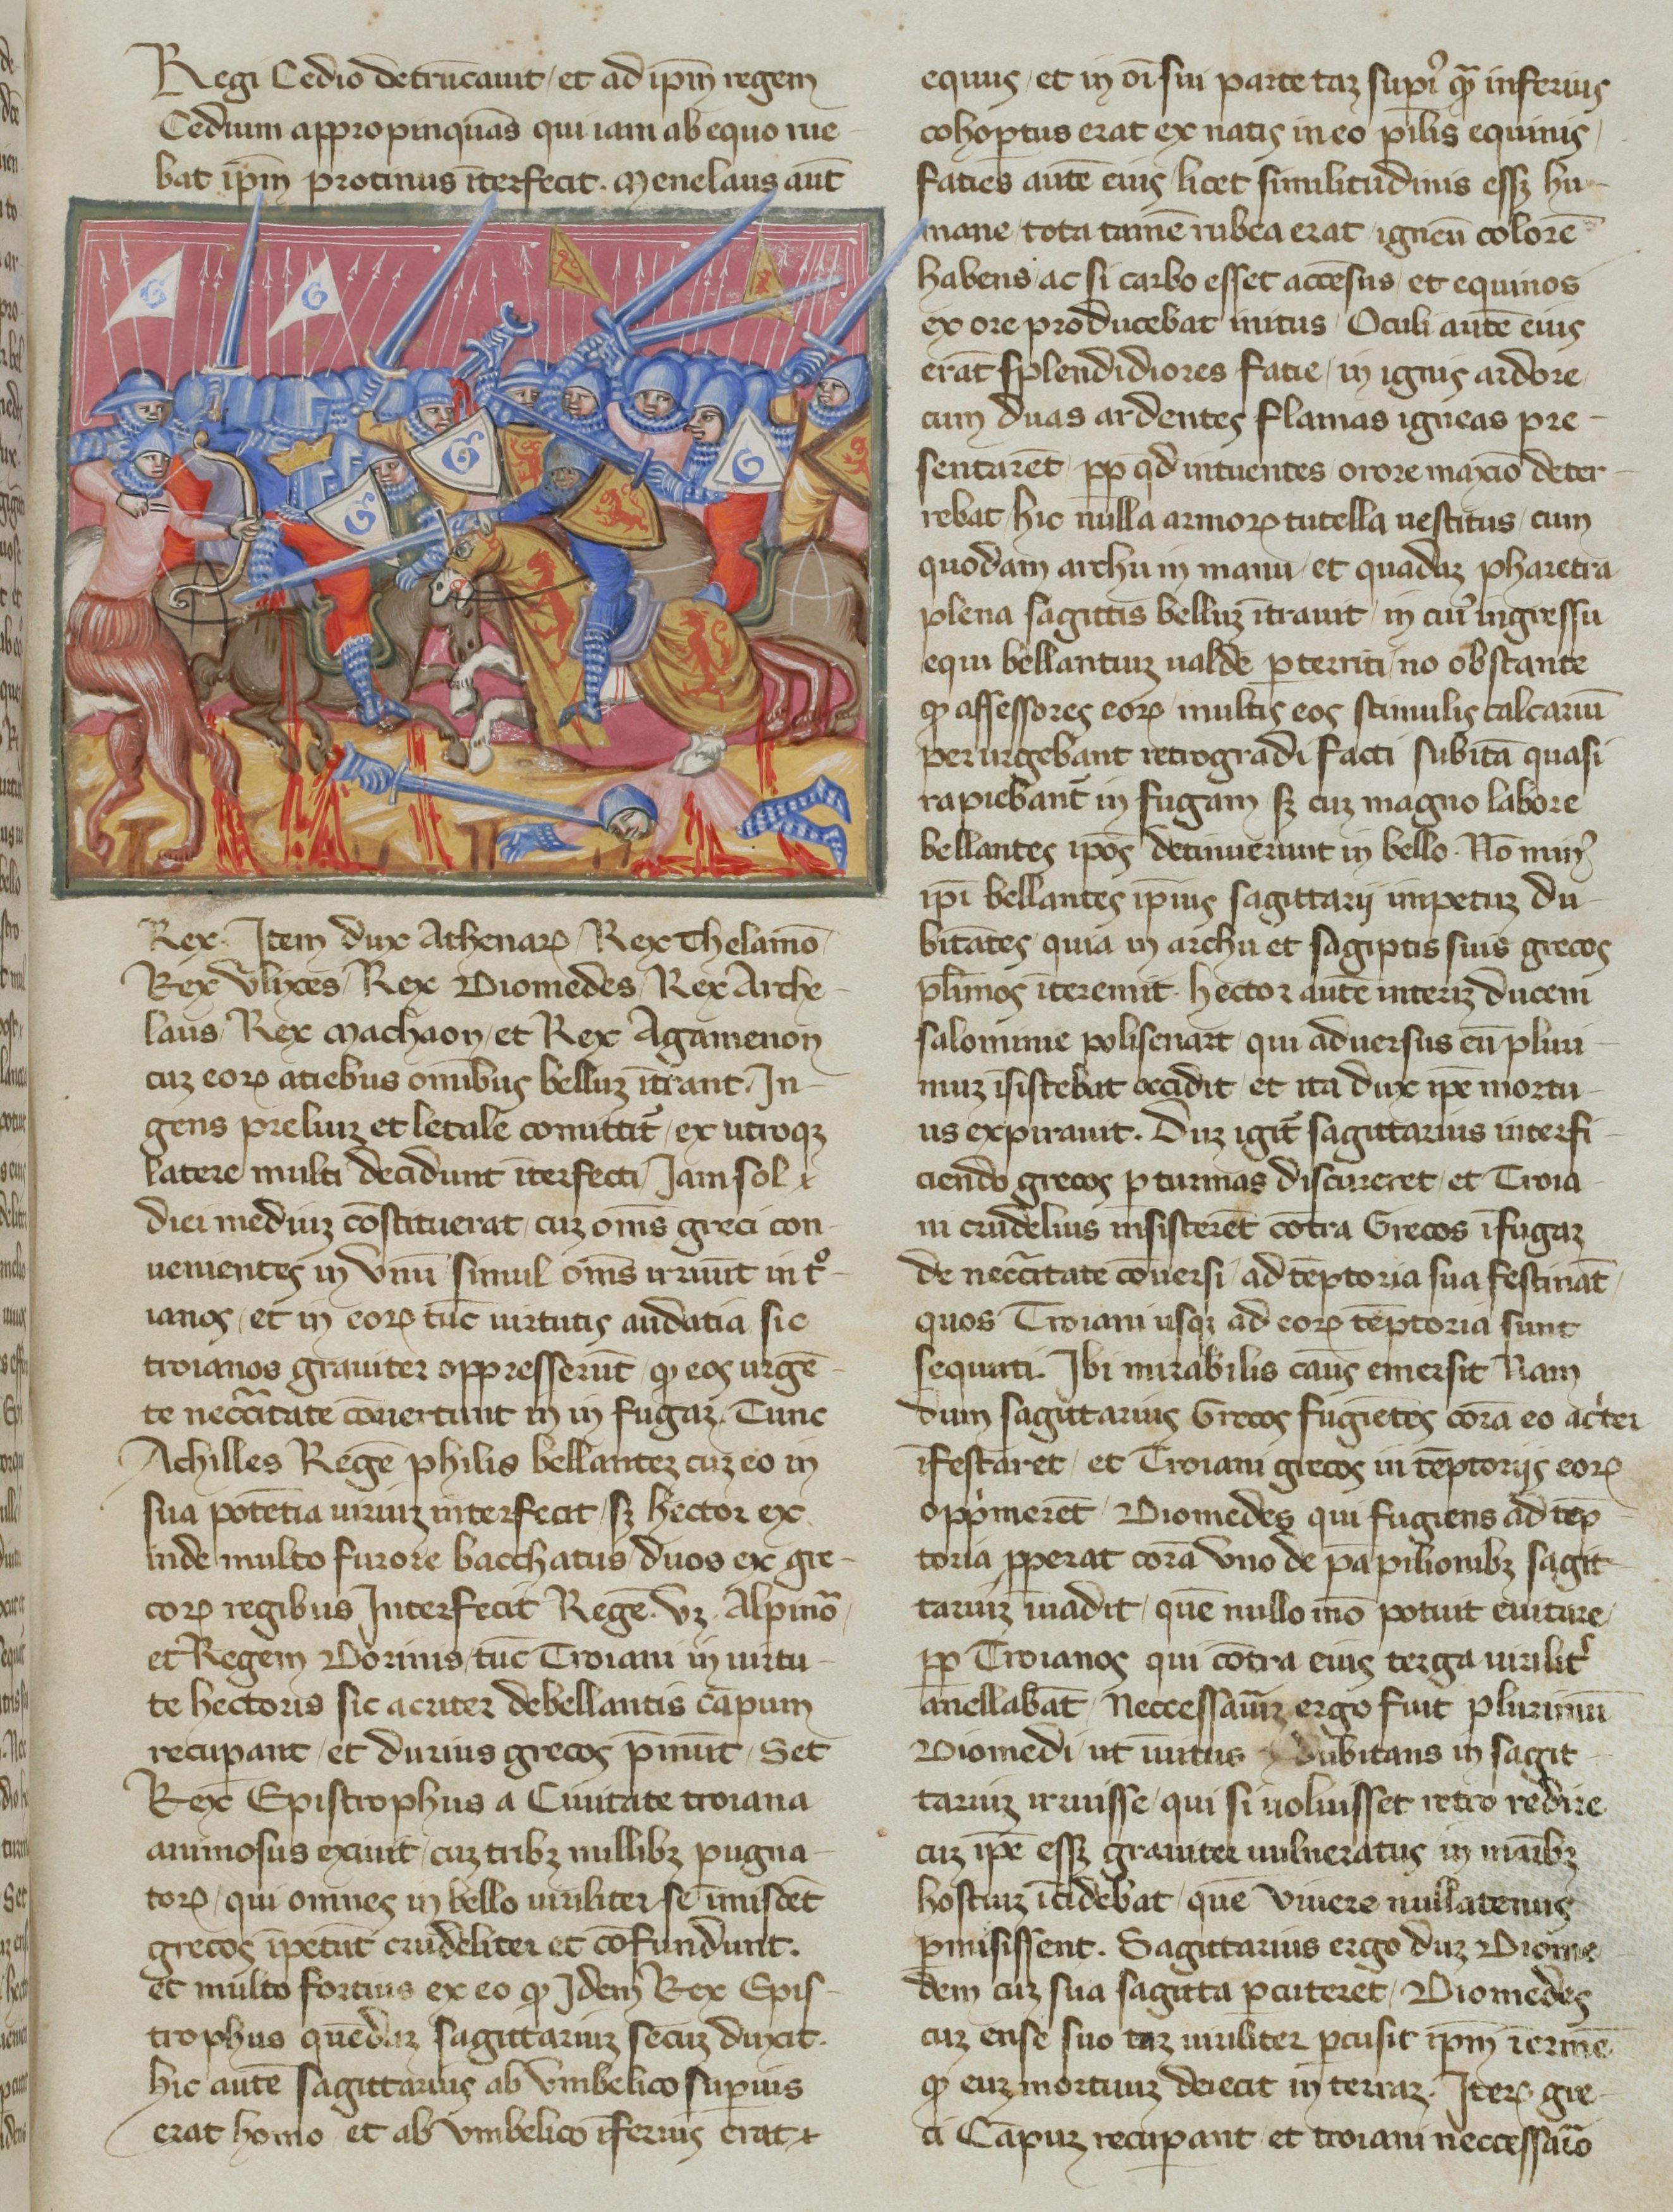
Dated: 1365–1375